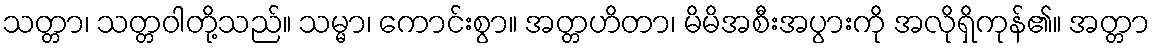
သတ္တာ၊ သတ္တဝါတို့သည်။ သမ္မာ၊ ကောင်းစွာ။ အတ္တဟိတာ၊ မိမိအစီးအပွားကို အလိုရှိကုန်၏။ အတ္တာ